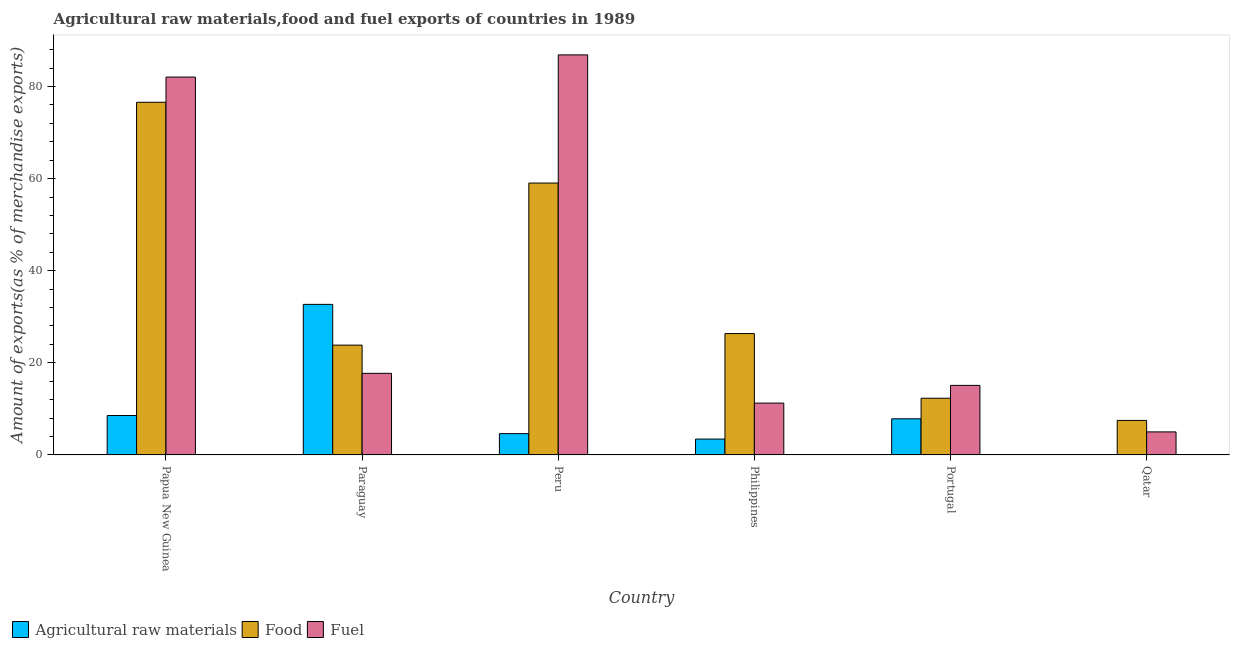
| Country | Agricultural raw materials | Food | Fuel |
 | --- | --- | --- | --- |
 | Papua New Guinea | 8.56 | 76.6 | 82 |
 | Paraguay | 32.7 | 23.8 | 17.7 |
 | Peru | 4.63 | 59 | 86.9 |
 | Philippines | 3.44 | 26.4 | 11.3 |
 | Portugal | 7.85 | 12.3 | 15.1 |
 | Qatar | 0.0732 | 7.5 | 5 |